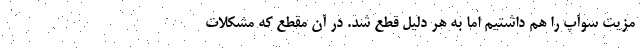
مزیت سوآپ را هم داشتیم اما به هر دلیل قطع شد. در آن مقطع که مشکلات